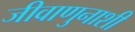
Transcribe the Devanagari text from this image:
जीवाणुनाशी